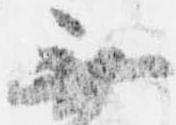
無